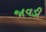
જાવડી